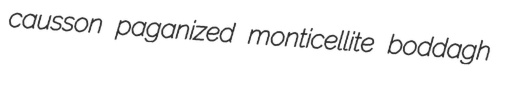
causson paganized monticellite boddagh